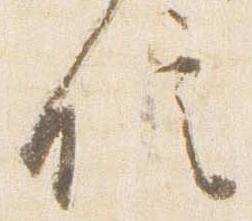
信